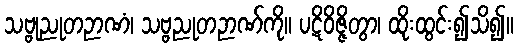
သဗ္ဗုညုတဉာဏံ၊ သဗ္ဗညုတဉာဏ်ကို။ ပဋိဝိဇ္ဇိတွာ၊ ထိုးထွင်း၍သိ၍။